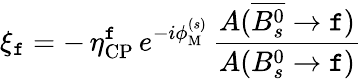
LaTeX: \xi_{\mathtt{f}}=-\, \eta_{\mathrm{{CP}}}^{\mathtt{f}}\, e^{-i\phi_{\mathrm{{M}}}^{(s)}}\, \frac{{A(\overline{{{{B_{s}^{0}}}}}\to\mathtt{f})}}{{A(B_{s}^{0}\to\mathtt{f})}}